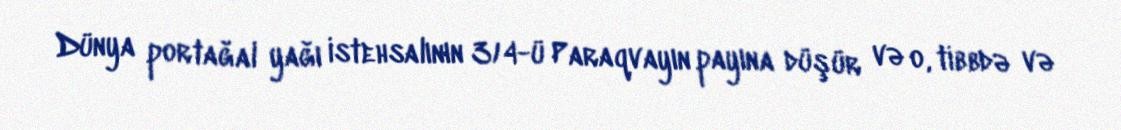
Dünya portağal yağı istehsalının 3/4-ü Paraqvayın payına düşür və o, tibbdə və